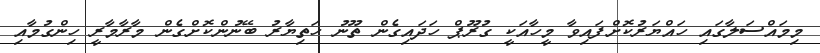
މިމައްސަލާގައި ހައްޔަރުކޮށްފައިވާ މީހާއަކީ ގުރޫޕް ހަދައިގެން ތޫނު ހަތިޔާރު ބޭނުންކޮށްގެން މާރާމާރީ ހިންގުމާއި